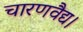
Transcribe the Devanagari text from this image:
चारणवैद्य।